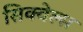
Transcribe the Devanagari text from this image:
सिक्वेल्स